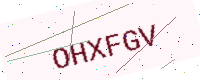
Text: OHXFGV